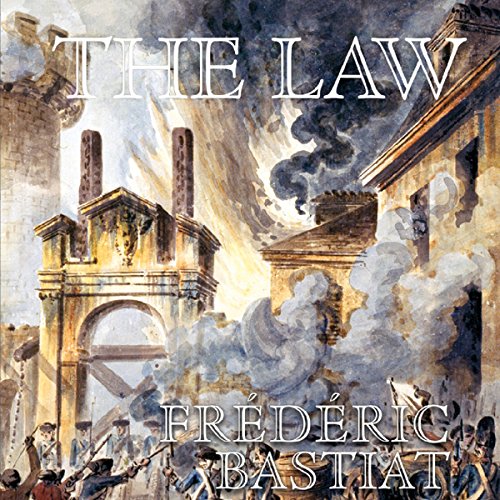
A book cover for The Law; Frederick Bastiat; Law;